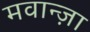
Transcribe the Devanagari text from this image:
मवान्ज़ा